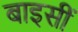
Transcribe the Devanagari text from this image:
बाइसीं